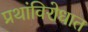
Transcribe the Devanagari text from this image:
प्रथांविरोधात